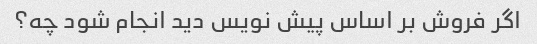
اگر فروش بر اساس پیش نویس دید انجام شود چه؟